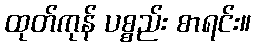
ထုတ်ကုန် ပစ္စည်း စာရင်း။